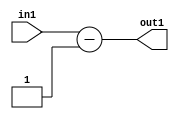
`timescale 1ps / 1ps
/*****************************************************************************
    Verilog RTL Description
    
    
    Created by: Stratus DpOpt 2019.1.01 
*******************************************************************************/

module in_buff_Subi1u3_1 (
	in1,
	out1
	); /* architecture "behavioural" */ 
input [2:0] in1;
output [2:0] out1;
wire [2:0] asc001;

assign asc001 = 
	+(in1)
	-(3'B001);

assign out1 = asc001;
endmodule

/* CADENCE  urfzQwg= : u9/ySgnWtBlWxVPRXgAZ4Og= ** DO NOT EDIT THIS LINE ******/